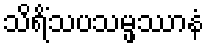
သိရိံသပသမ္ဖဿာနံ